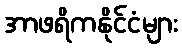
အာဖရိကနိုင်ငံများ